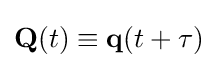
\mathbf {Q} (t)\equiv \mathbf {q} (t+\tau )